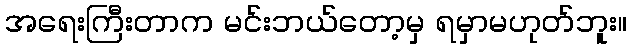
အရေးကြီးတာက မင်းဘယ်တော့မှ ရမှာမဟုတ်ဘူး။